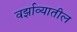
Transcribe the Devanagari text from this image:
वर्झाव्यातील